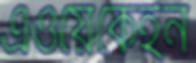
এওয়েকেইন